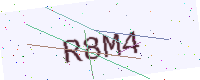
Text: R8M4